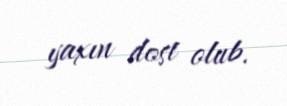
yaxın dost olub.